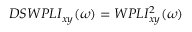
D S W P L I _ { x y } ( \omega ) = W P L I _ { x y } ^ { 2 } ( \omega )